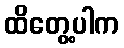
ထိတွေ့ပါက